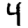
Digit: 4